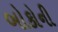
બોકોની